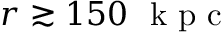
r \gtrsim 1 5 0 ~ \mathrm { ~ k ~ p ~ c ~ }